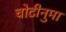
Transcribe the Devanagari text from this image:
चोटीनुमा